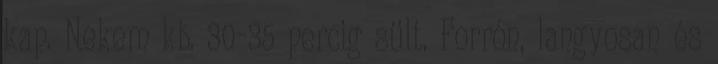
kap. Nekem kb. 30-35 percig sült. Forrón, langyosan és